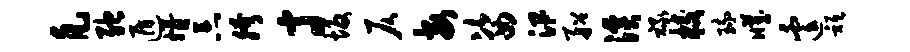
凡弛遁婿忘胯寸坂仄每姿汛船溪禄校琉臧遽只